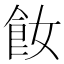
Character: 𩚔